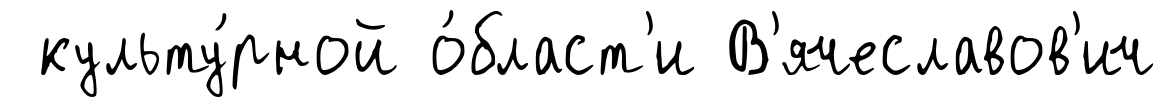
культу́рной о́бласт'и В'ячеславов'ич